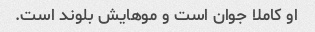
او کاملا جوان است و موهایش بلوند است.